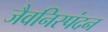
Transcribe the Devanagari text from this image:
जैवनिस्पंदन